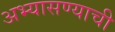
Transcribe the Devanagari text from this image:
अभ्यासण्याची